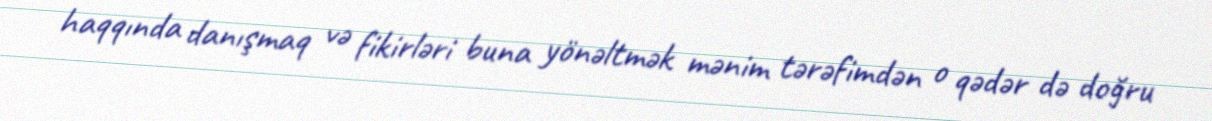
haqqında danışmaq və fikirləri buna yönəltmək mənim tərəfimdən o qədər də doğru